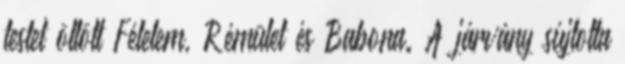
testet öltött Félelem, Rémület és Babona. A járvány sújtotta